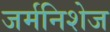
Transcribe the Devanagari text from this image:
जर्मनिशेज